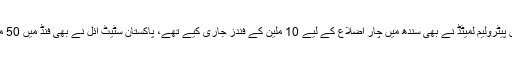
اس کے علاوہ پاکستان پیٹرولیم لمیٹڈ نے بھی سندھ میں چار اضلاع کے لیے 10 ملین کے فندز جاری کیے تھے، پاکستان سٹیٹ آئل نے بھی فنڈ میں 50 ملین جمع کرائے تھے۔